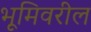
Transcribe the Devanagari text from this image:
भूमिवरील